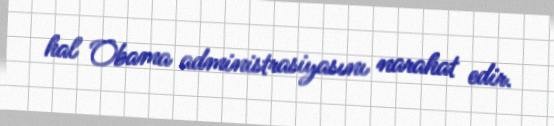
hal Obama administrasiyasını narahat edir.